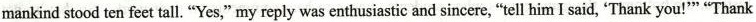
mankind stood ten feet tall.“Yes.” my reply was enthusiastic and sincere“tell him I said'Thank you!*“Thank